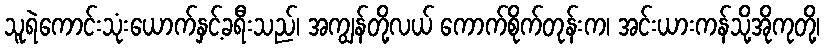
သူရဲကောင်းသုံးယောက်နှင့်ခရီးသည်၊ အကျွန်တို့လယ် ကောက်စိုက်တုန်းက၊ အင်းယားကန်သို့အိုကုတို့၊